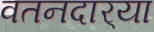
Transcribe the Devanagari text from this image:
वतनदार्‍या